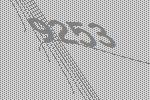
9253